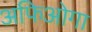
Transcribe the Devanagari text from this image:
अफिओगा